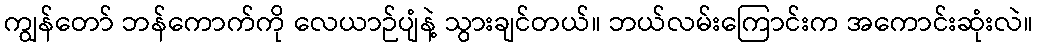
ကျွန်တော် ဘန်ကောက်ကို လေယာဉ်ပျံနဲ့ သွားချင်တယ်။ ဘယ်လမ်းကြောင်းက အကောင်းဆုံးလဲ။